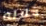
خلاله